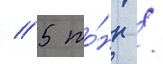
/ 5 то́нн /